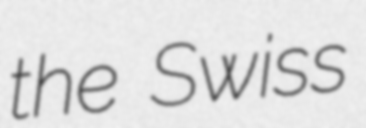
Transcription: the Swiss